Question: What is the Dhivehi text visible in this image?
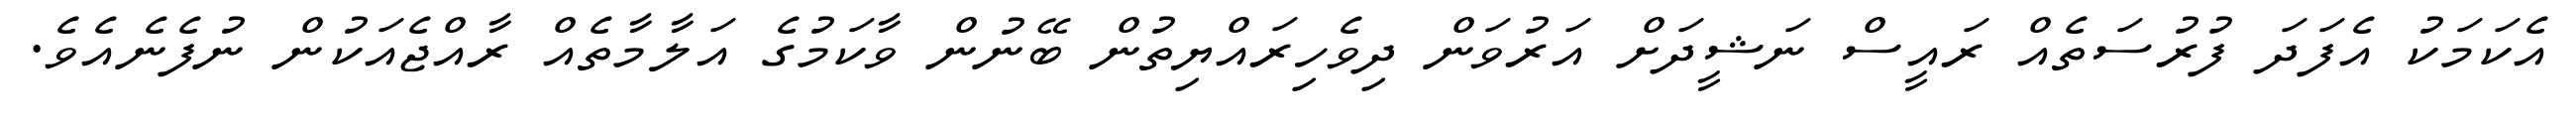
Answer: އެކަމަކު އެފަދަ ފުރުސަތެއް ރައީސް ނަޝީދަށް އަރުވަން ދިވެހިރައްޔިތުން ބޭނުން ވާކަމުގެ އަލާމާތެއް ރާއްޖެއަކުން ނުފެނެއެވެ.